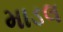
માડલ